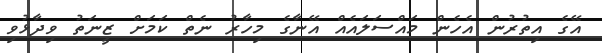
އޭގެ އިތުރުން އެހެން މައްސަލައެއް އޭނާގެ މިހާރު ނެތް ކަމަށް ޒީނަތު ވިދާޅުވި